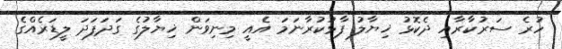
ހުރެ ސަރުކާރާއި ދެކޮޅު ޚިޔާލު ފާޅުކުރާނަމަ އެއީ މިނިވަން ޚިޔާލުގެ ގަދަފަދަ ލީޑަރެއްގެ